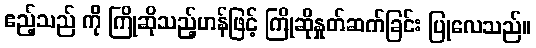
ဧည့်သည် ကို ကြိုဆိုသည့်ဟန်ဖြင့် ကြိုဆိုနှုတ်ဆက်ခြင်း ပြုလေသည်။